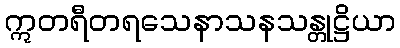
ဣတရီတရသေနာသနသန္တုဋ္ဌိယာ